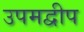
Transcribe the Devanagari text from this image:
उपमद्वीप